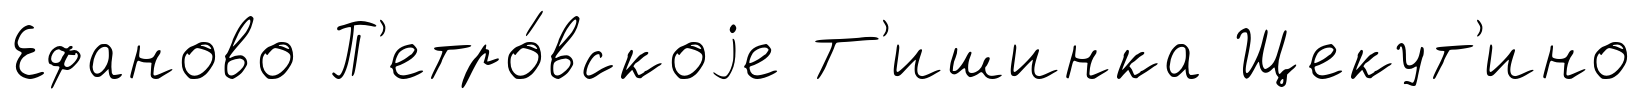
Ефаново П'етро́вскоjе Т'ишинка Щекут'ино